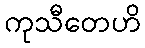
ကုသီတေဟိ